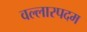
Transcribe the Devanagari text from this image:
वल्लारपदम